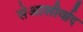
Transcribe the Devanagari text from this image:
सेआशीर्वाद